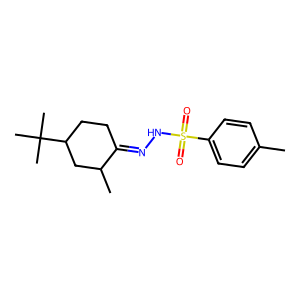
SMILES: Cc1ccc(S(=O)(=O)NN=C2CCC(C(C)(C)C)CC2C)cc1
Inhibits HIV replication: No